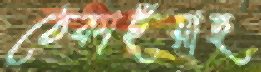
ঠেকাইয়াছ